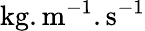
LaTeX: \textrm{kg}.\textrm{m}^{-1}.\textrm{s}^{-1}